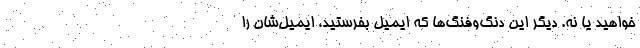
خواهید یا نه. دیگر این دنگ‌وفنگ‌ها که ایمیل بفرستید، ایمیل‌شان را